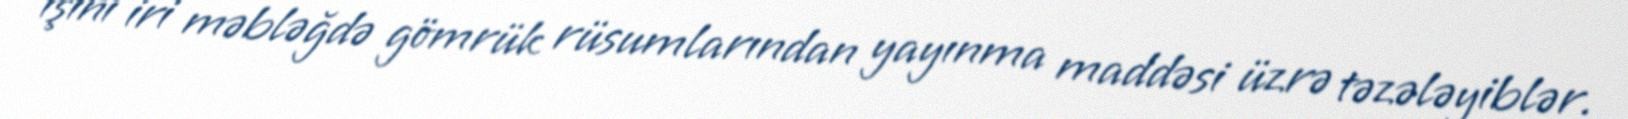
işini iri məbləğdə gömrük rüsumlarından yayınma maddəsi üzrə təzələyiblər.